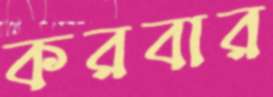
করবার